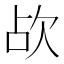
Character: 𣢤